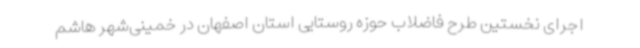
اجرای نخستین طرح فاضلاب حوزه روستایی استان اصفهان در خمینی‌شهر هاشم